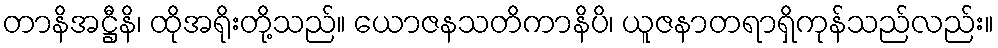
တာနိအဋ္ဌီနိ၊ ထိုအရိုးတို့သည်။ ယောဇနသတိကာနိပိ၊ ယူဇနာတရာရှိကုန်သည်လည်း။